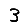
Digit: 3